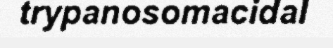
trypanosomacidal